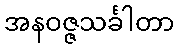
အနဝဇ္ဇသင်္ခါတာ